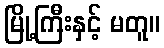
မြို့ကြီးနှင့် မတူ။